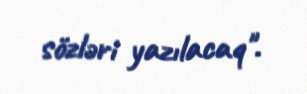
sözləri yazılacaq".